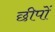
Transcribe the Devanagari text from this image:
छीपों